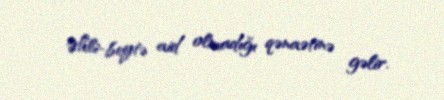
Əhli-beytə aid olmadığı qənaətinə gəlir.